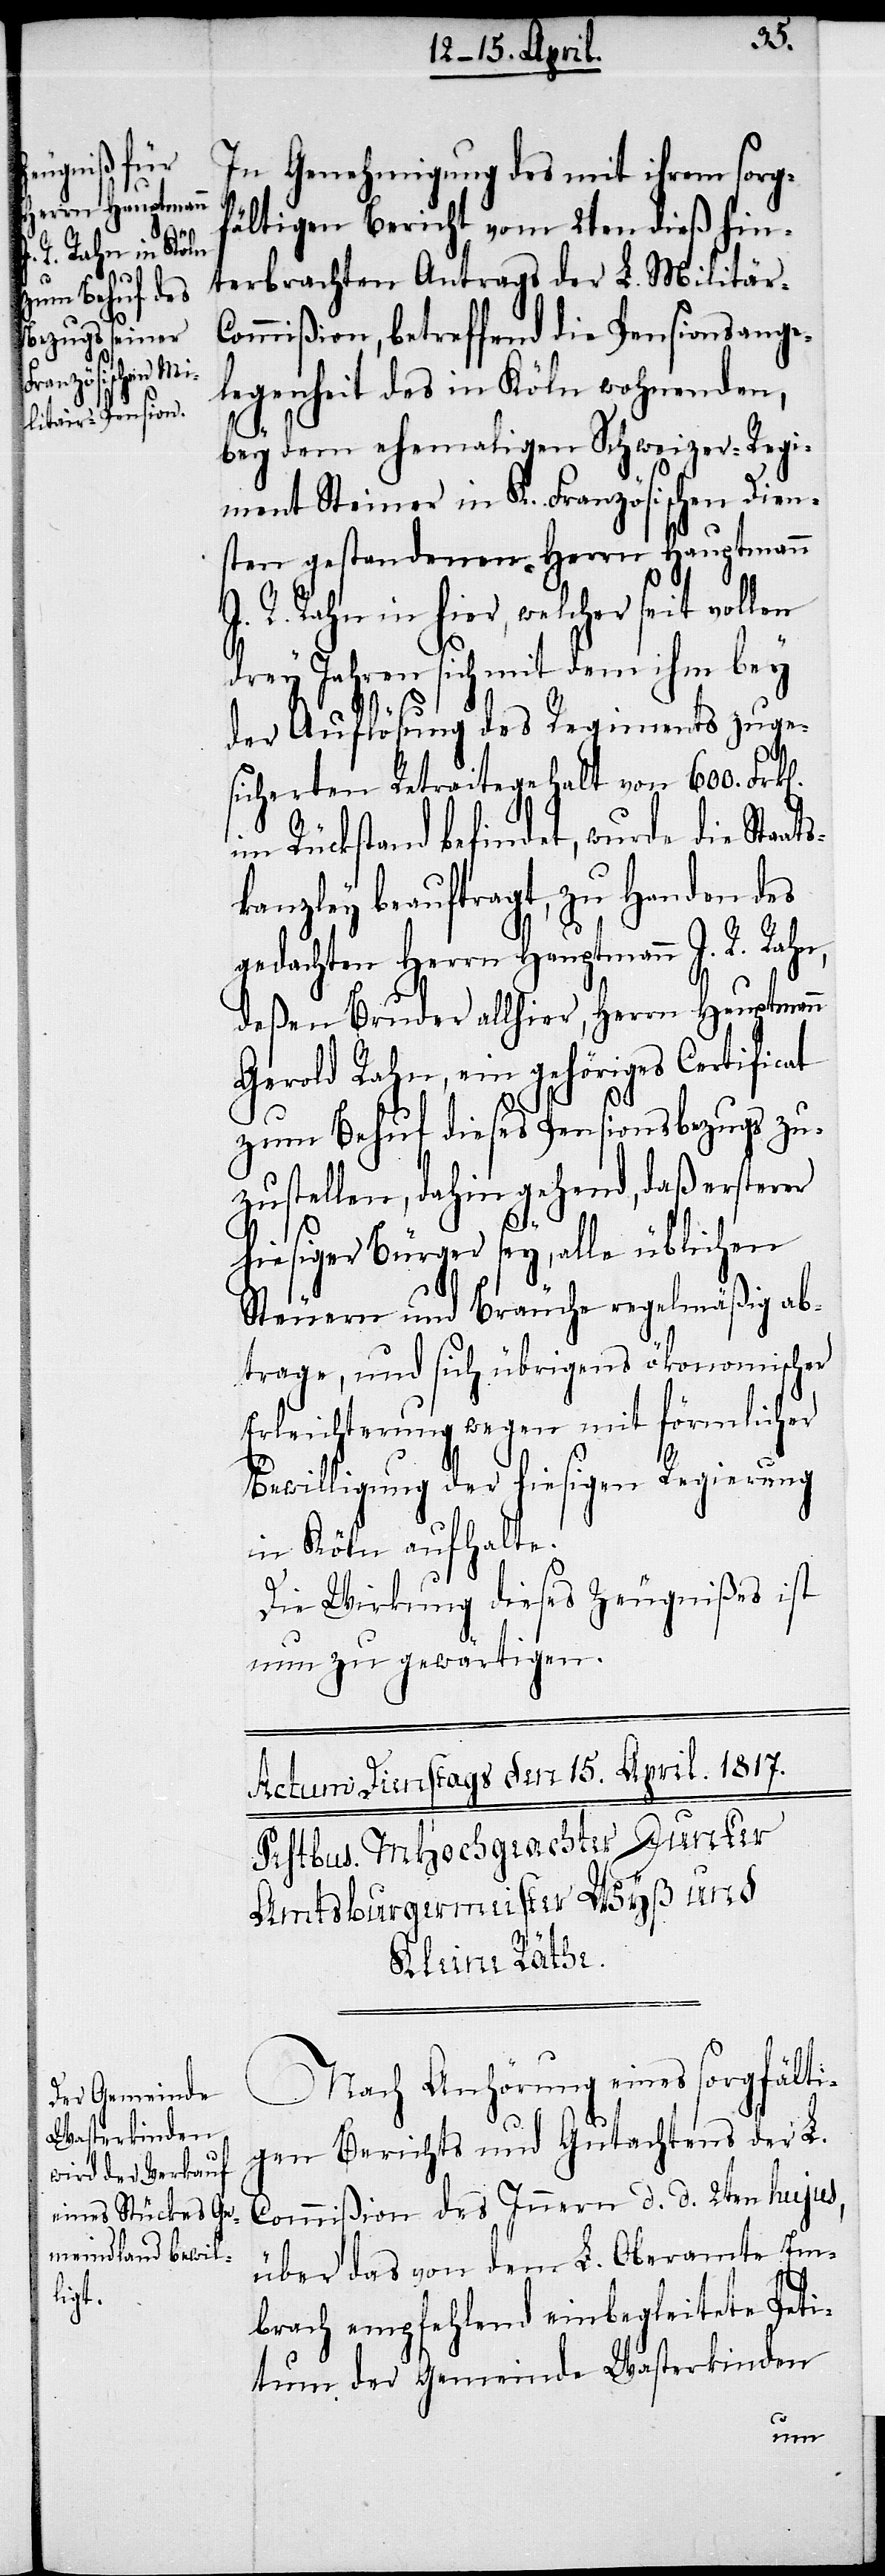
s¬

In Genehmigung des mit ihrem sorgf¬
ältigen Bericht vom 2ten dieß hin¬
terbrachten Antrags der L. Militär-C¬
ommißion, betreffend die Pensionsange¬
legenheit des in Köln wohnenden,
bey dem ehemaligen Schweizer-Regi¬
ment Steiner in K. Französischen Dien¬
sten gestandenen Herrn Hauptmann
R. Rahn in hier, welcher seit vollen
drey Jahren sich mit dem ihm bey
der Auflösung des Regiments zuge¬
sicherten Retraitegehalt von 600. Frk[e¬
im Rückstand befindet, wurde die Staat¬
kanzley beauftragt, zu Handen des
gedachten Herrn Hauptmann J. R. Rahn,
deßen Bruder allhier, Herrn Hauptmann
Gerold Rahn, ein gehöriges Certificat
n].
zum Behuf dieses Pensionsbezugs zu¬
zustellen, dahin gehend, daß ersterer
hiesiger Bürger sey, alle üblichen
Steuern und Bräuche regelmäßig ab¬
trage, und sich übrigens ökonomischer
Erleichterung wegen mit förmlicher
Bewilligung der hiesigen Regierung
in Köln aufhalte.
Die Wirkung dieses Zeugnißes ist
nun zu gewärtigen.
Nach Anhörung eines sorgfälti¬
gen Berichts und Gutachtens der L.
Commißion des Innern d. d. 2ten hujus,
über das von dem L. Oberamte Em¬
brach empfehlend einbegleitete Peti¬
tum der Gemeinde Wasterkinden